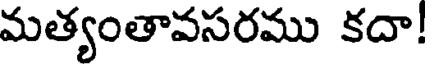
మత్యంతావసరము కదా!